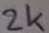
Text: 2k